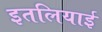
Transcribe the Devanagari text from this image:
इतलियाई